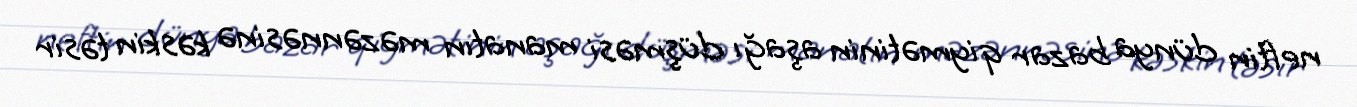
neftin dünya bazar qiymətinin aşağı düşməsi manatın məzənnəsinə kəskin təsir